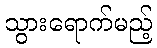
သွားရောက်မည့်